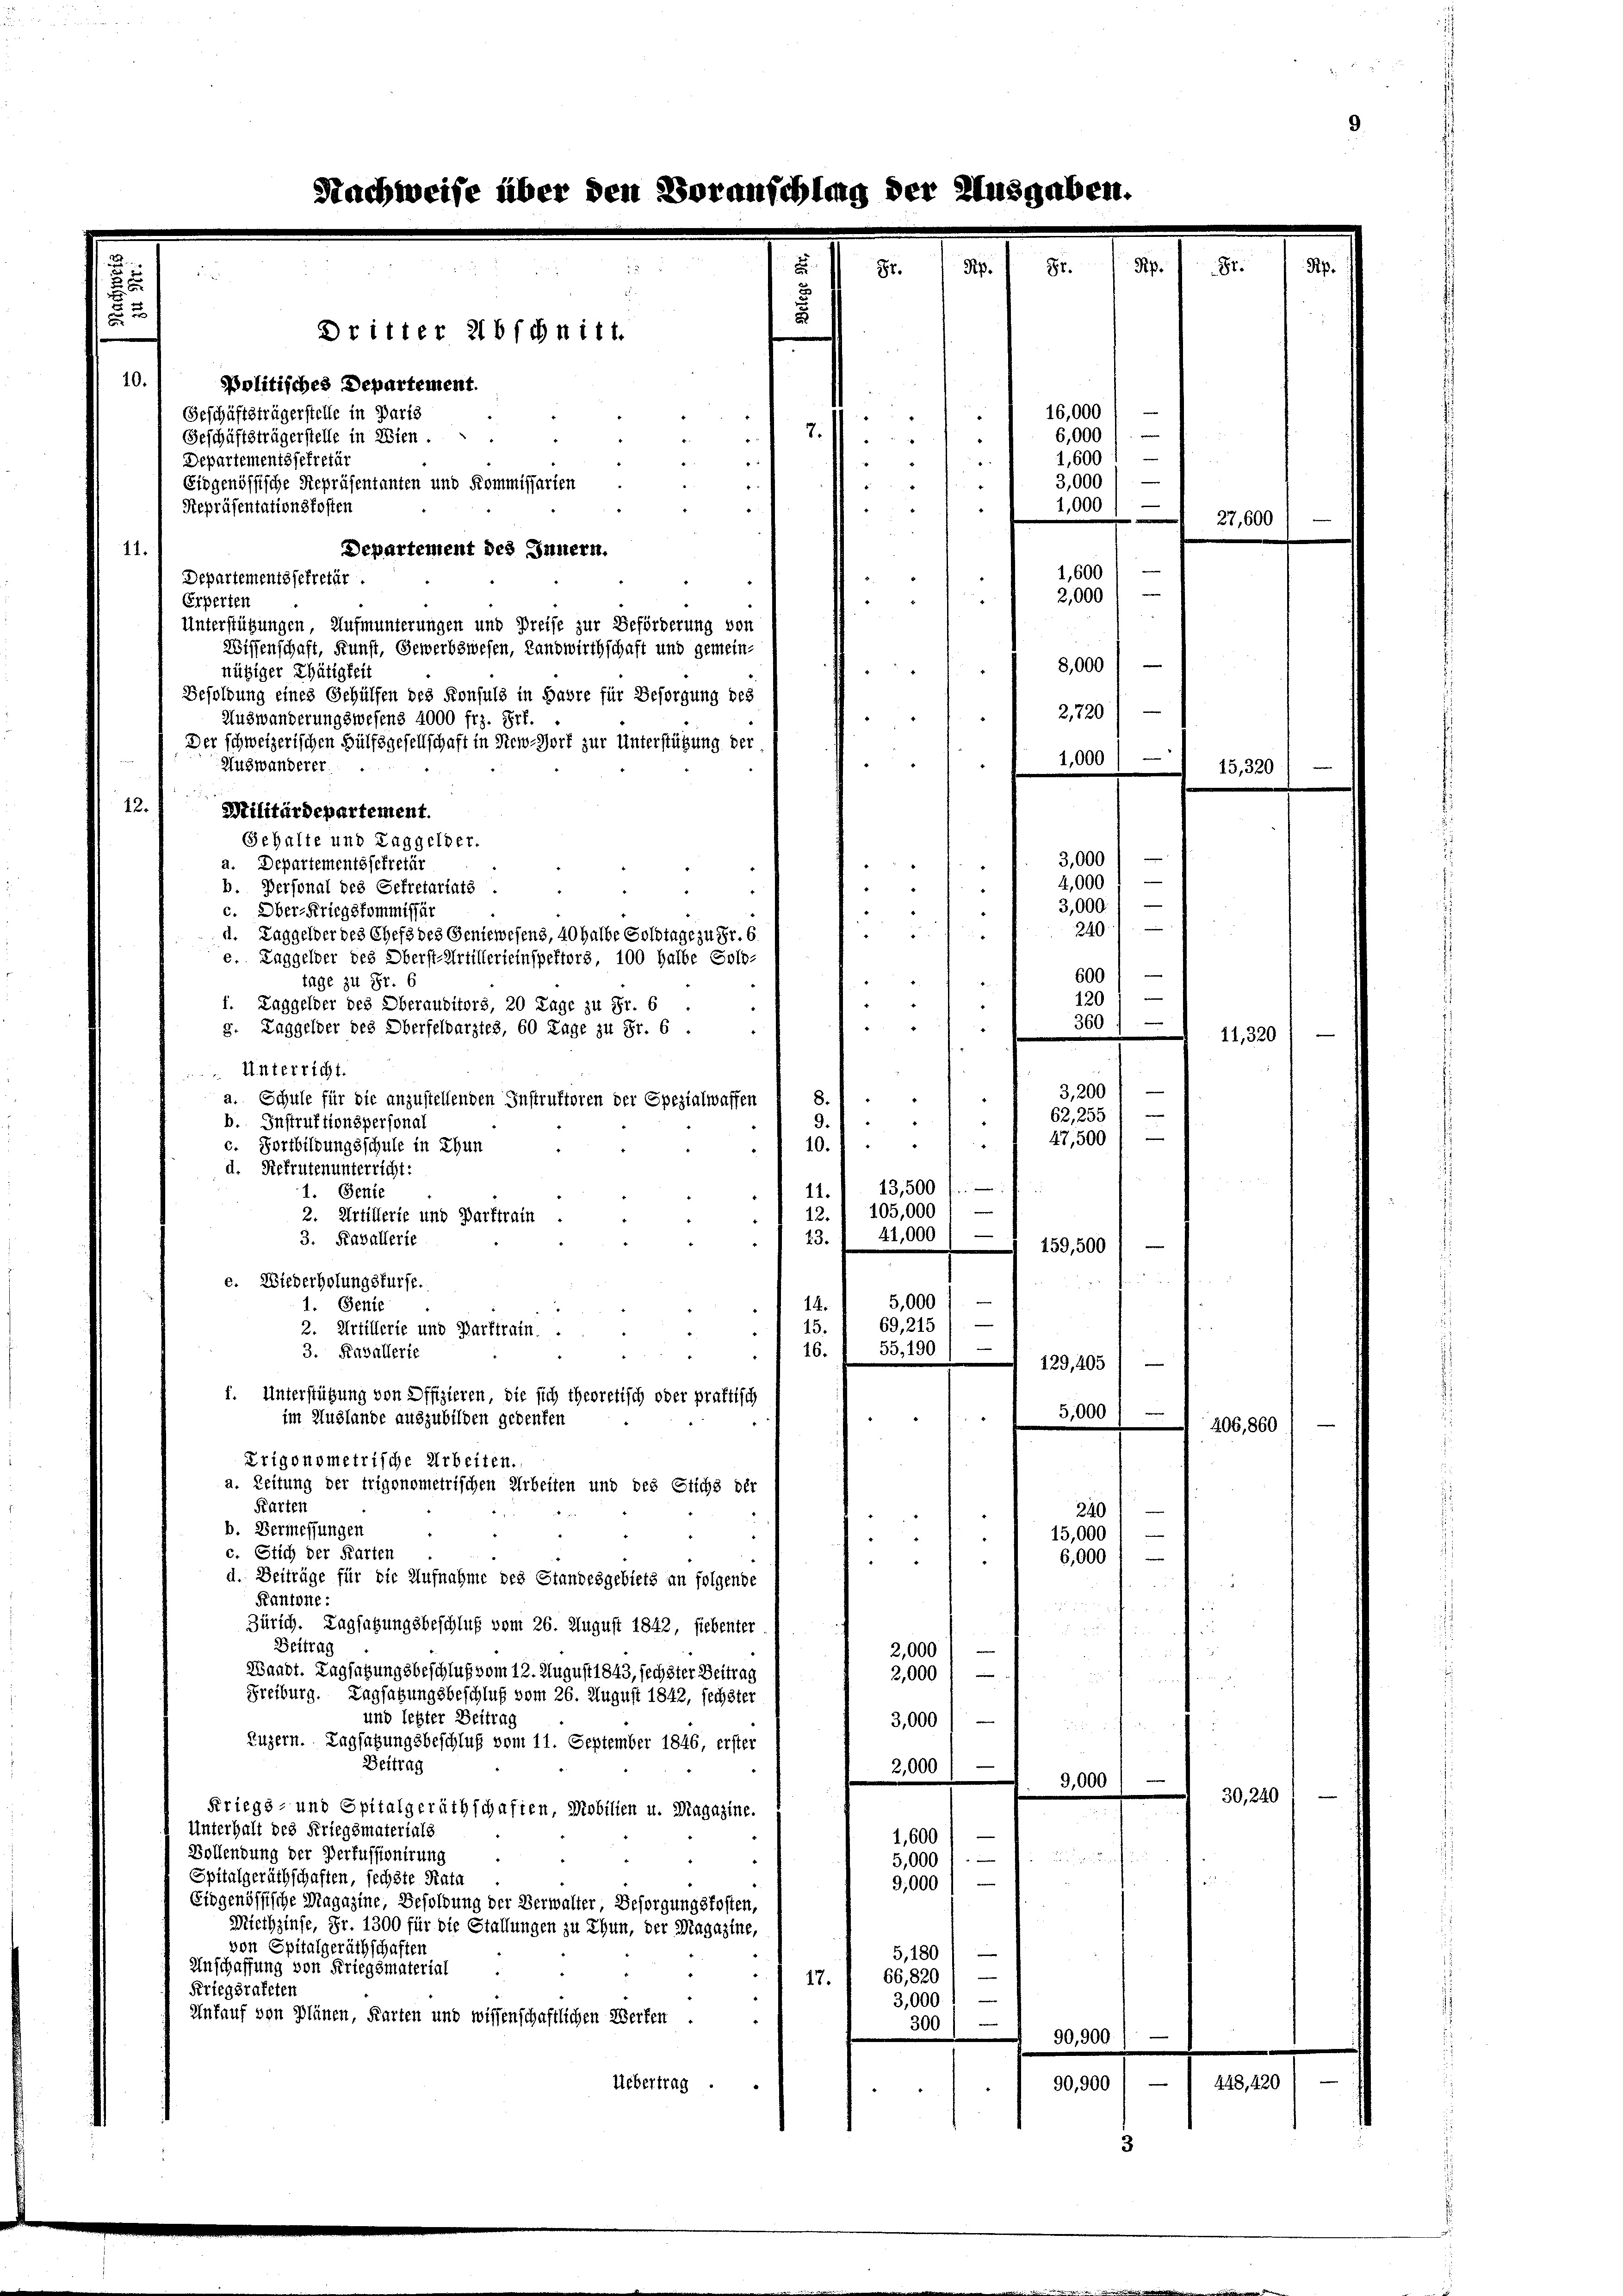
5 d
Politisches Departement.
Geschäftsträgerstelle in Paris
Geschäftsträgerstelle in Wien.
Departementssekretär
Eidgenössische Stepräsentanten und Kommissarien

.
Dritter 2ibschnitt.
7.
Stepräsentationskosten

Nachweise über den Voranschlug der Ausgab

u

Pip.
8t.
Rp.
87.
e
16,000
e
.
e
6,000
2
e
1,600
—
3,000
1,000
m

11.
Departement des Innern.
e
Departementssekretär.
Experten
Unterstützungen, Aufmunterungen und Preise zur Beförderung von
Wissenschaft, Kunst, Gewerbswesen, Landwirthschaft und gemeinnütziger Thätigkeit
Besoldung eines Gehülfen des Konsuls in Jahre für Besorgung des
Auswanderungswesens 4000 frz. Prf.
Der schweizerischen Hülfsgesellschaft in Siew-Wort zur Unterstützung der
Auswanderer.
12.
Militärdepartement.
Gehalte und Taggelder.
a. Departementssekretär
.
b. Personal des Gefretariats .
c. Ober-Kriegskommissär
5
d. Taggelder des Chefs des Geniewesens, 40 halbe Solotage zu Fr. 6
e. Taggelder des Oberst-Artillerieinspektors, 100 halbe Solo-
4
tage zu St. C
1. Taggelder des Oberauditors, 20 Tage zu Fr. 6.
i
g. Taggelder des Oberfelbarztes, 60 Tage zu Sr. 6.
Unterricht.
8.
a. Schule für die anzustellenden Instruktoren der Spezialwaffen
d
9.
d
b. Instruktionspersonal
10.1
c. Fortbildungsschule in Thun
d. Rekrutenunterricht:
13,500 f.
1. Genie
11.
—
105,000
12.
2. Artillerie und Parktrain
—
41,000
23.
3. Ravallerie
159,500
c. Wiederholungsfürfe.
|
5,000
1. Sente
14.
i
—
69, 215
15.
2. Artillerie und Parktrain. .
.
16.
55,190)
3. Kavallerie
129, 405)
f. Unterstützung von Offizieren, die sich theoretisch oder praktisch
5,000 f —
2
im Auslande auszubilden gedenken
Erigonometrische Arbeiten.
a. Zeitung der trigonometrischen Arbeiten und des Stichs der
Karten
240
b. Vermessungen
.
15,000
c. Stich der Karten
6,000 f
i
d. Beiträge für die Aufnahme des Standesgebiets an folgende
Kantone:
Zürich. Tagsatzungsbeschluß vom 26. August 1842, fiebenter
Beitrag
2,000
Waadt. Tagsatzungsbeschluß vom 12. August 1843, sechster Beitrag
|
2,000
Freiburg. Tagsatzungsbeschluß vom 26. August 1842, sechster
und lebter Beitrag
3,000
Luzern. Tagsatzungsbeschluß vom 11. September 1846, erster
Beitrag
2,000)
9,000
e
Kriegs- und Spitalgeräthschaften, Mobilien u. Magazine.
Unterhalt des Kriegsmaterials
1,600
Vollendung der Perfussionirung

5,000 l.
Spitalgeräthschaften, sechste Rata
e
9,000
Eidgenössische Magazine, Besoldung der Verwalter, Besorgungskosten,
Miethzinse, Fr. 1300 für die Stallungen zu thun, der Magazine,
von Spitalgeräthschaften
5,1801 —
Anschaffung von Kriegsmaterial
66,820
17.
Kriegsrateten
3,000
Unfauf von Plänen, Karten und wissenschaftlichen Werfen
300 l. 90,900/
Uebertrag .
90,900) —

1,600
2,000
8,000)
2720)
1,000)

3,000
4,000
3,000. /
240
6001—
120
360)

3,200
e
62,255

47,500 —

—

27,600

11,3

406,